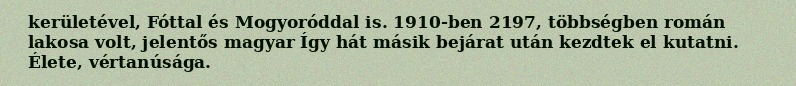
kerületével, Fóttal és Mogyoróddal is. 1910-ben 2197, többségben román lakosa volt, jelentős magyar Így hát másik bejárat után kezdtek el kutatni. Élete, vértanúsága.